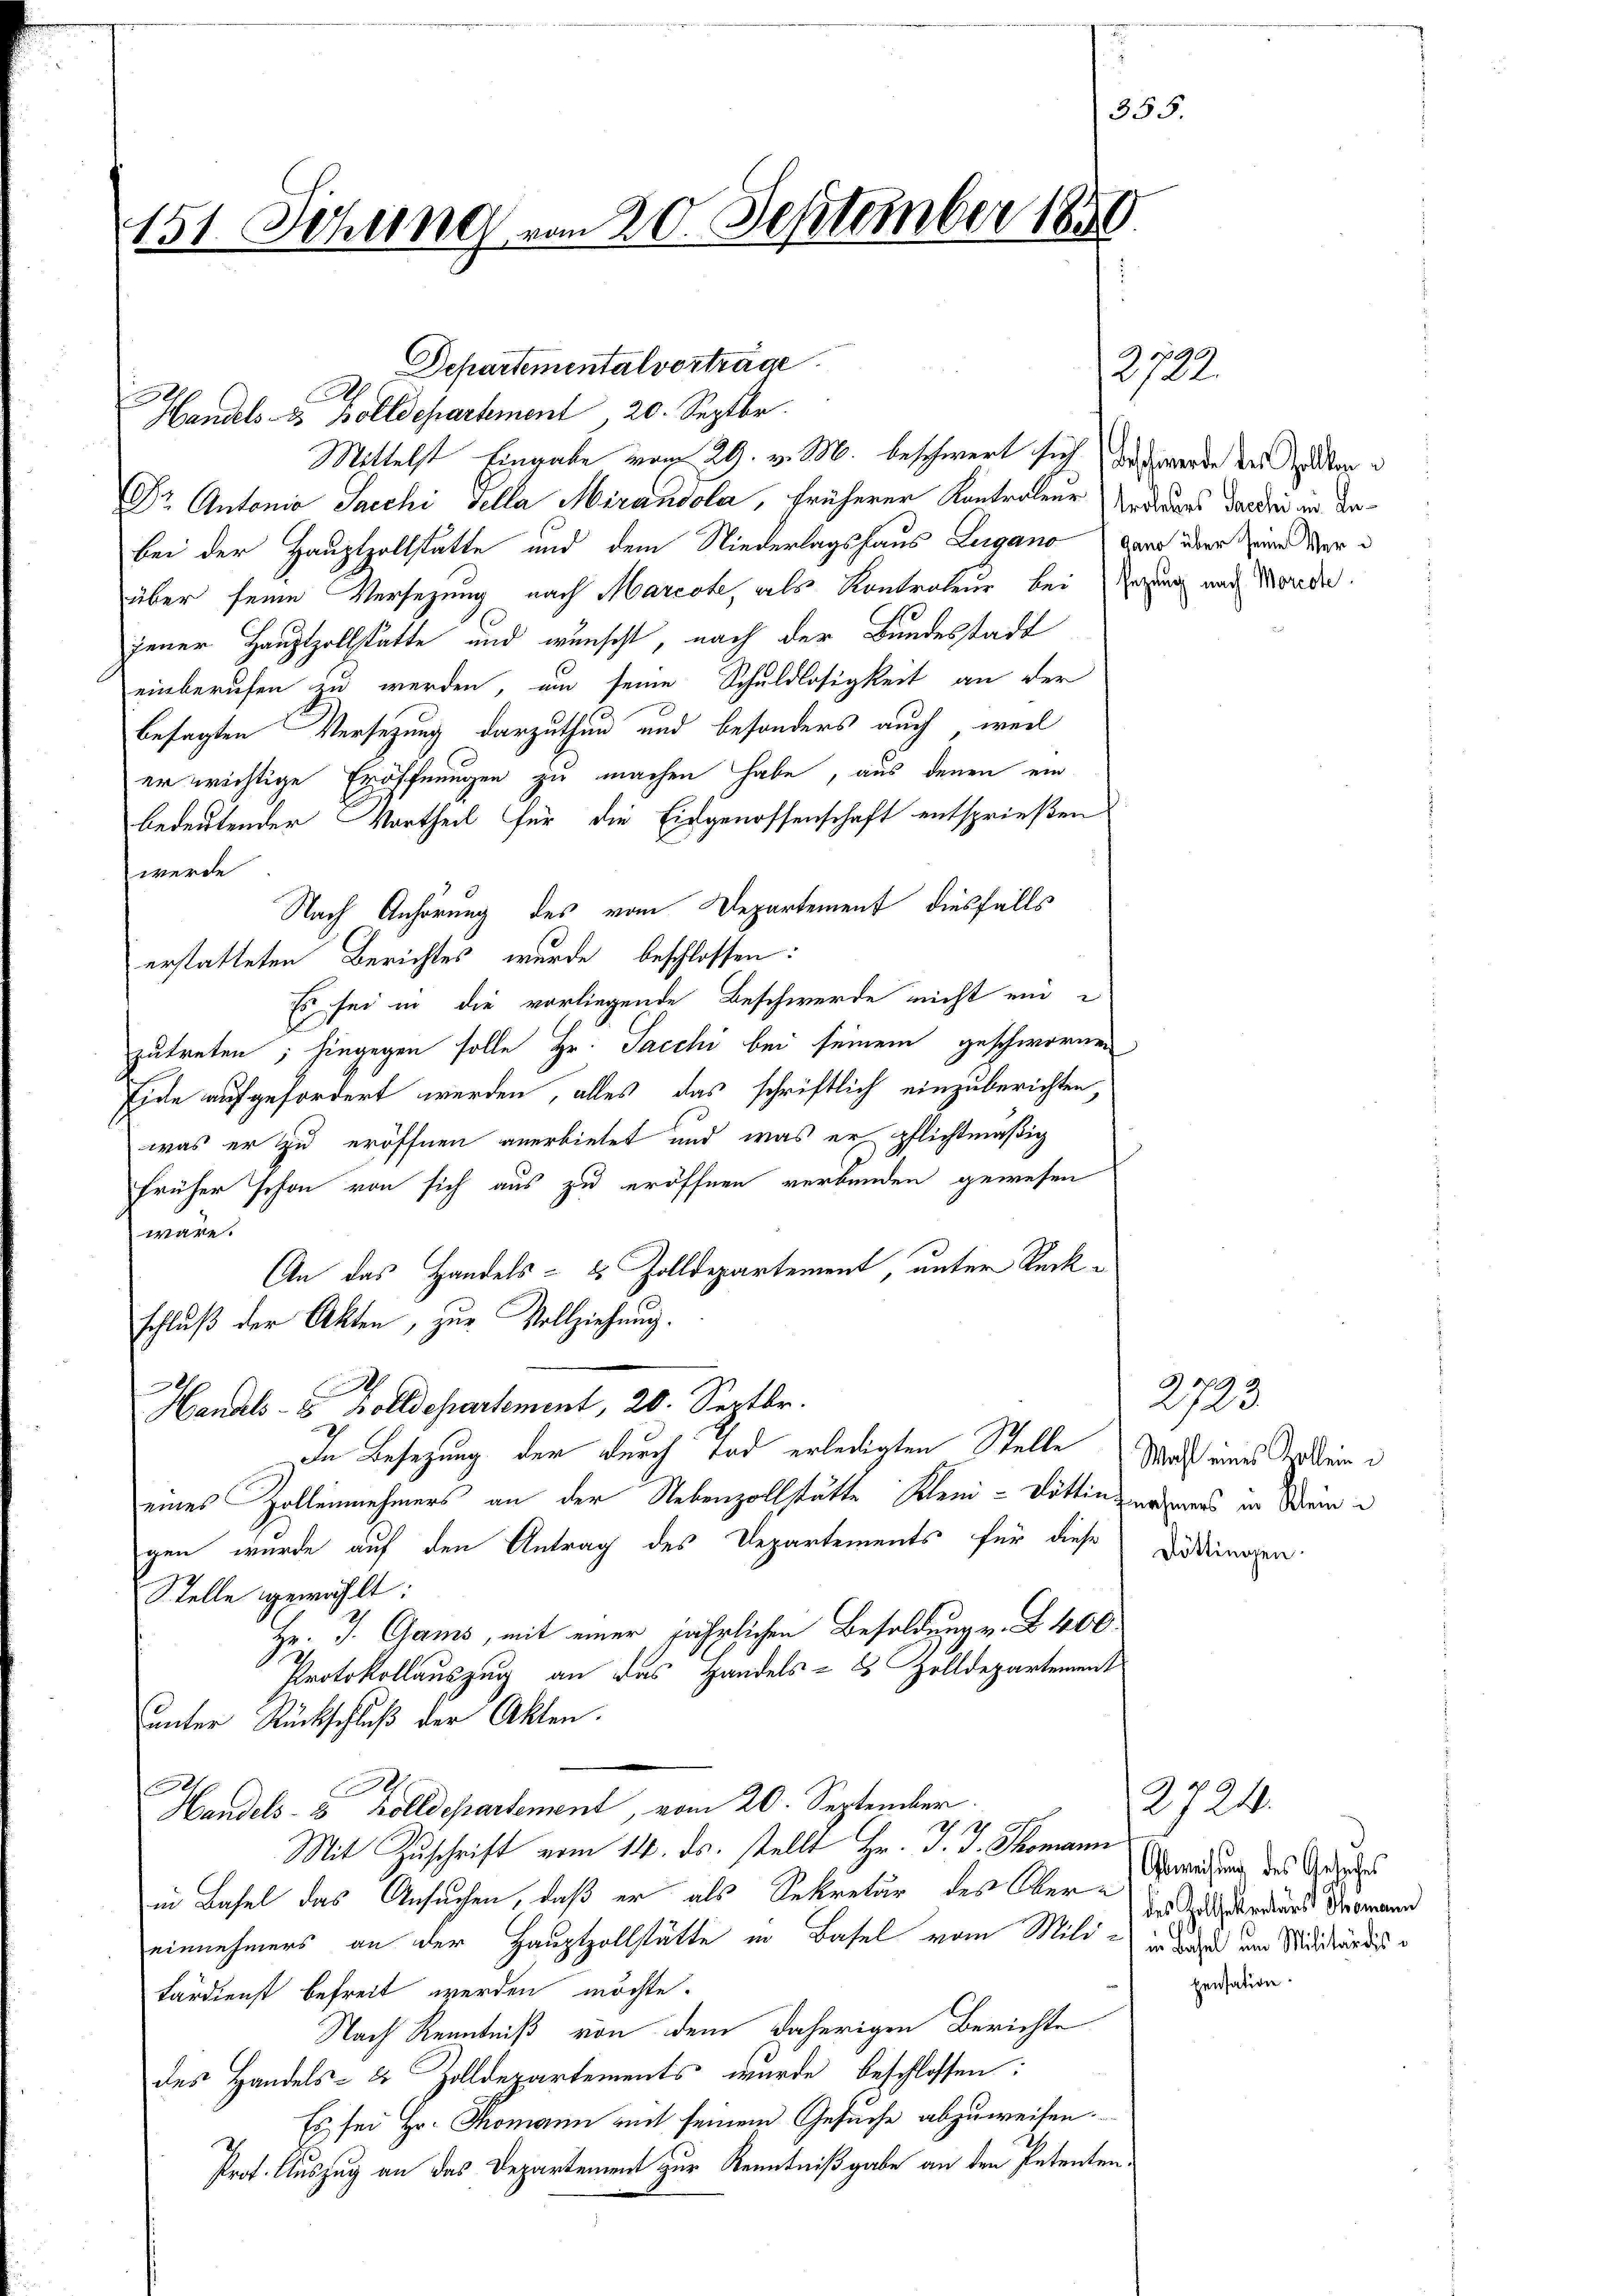
151. Sitzung vom 20. September 1850.

.
Handels- & Bolldepartement 20. Septbr.
Dr Antonio Sacchi Sella Merandola, früherer Kontralen Urdrages darden in Anbei der Hauptzollstätte und dem Niederlagshaus Lugano war über eine der
über seine Versezung nach Marcote, als Kontrateur bei Errung und Morden.
jener Hauptzollstatte und wünscht, nach der Bundesstadt
einberufen zu werden, um seine Schuldlosigkeit an der
besagten Versetzung darzuthun und besonders auch weil
er wichtige Eröffnungen zu machen habe, aus denen ein
bedeutender Vortheil für die Eidgenossenschaft entsprießen
werde
Nach Anhörung des vom Departement diesfalls
erstatteten Berichtes wurde beschlossen:
Es sei in die vorliegende Beschwerde nicht ein
zutreten; hingegen solle Hr. Sacchi bei seinem geschwornen
Eide aufgefordert werden, alles das schriftlich einzuberichten,
was er zu eröffnen anerbietet und was er pflichtmäßig
früher schon von sich aus zu eröffnen verbunden gewesen
wäre.
An das Handels- & Zolldepartement, unter Rückschluß der Akten, zur Vollziehung.
J
Handels- & Zolldepartement, 20. Septbr.
In Besetzung der durch Tod erledigten Stelle Maß eines Tallein
eines Zollennehmers an der Nebenzollstätte Klein-Döttin angers in Deine
gen wurde auf den Antrag des Departements für diese
Stelle gewählt:
Hr. J. Gams, mit einer jährlichen Besoldung v. B. 400
Protokollauszug an das Handels- Zolldepartement
unter Rückschluß der Akten.
.
Handels- & Zolldepartement, vom 20. September.
 1
Mit Zuschrift vom 14. ds. stellt Hr. J. J. Thomann
in Basel das Ansuchen, daß er als Sekretär des Ober-
einnehmers an der Hauptzollstätte in Basel vom Mild - in wird und Nididländis
tärdienst befreit werden möchte.
Nach Kenntniß von dem daherigen Berichte
des Handels- & Zolldepartements wurde beschlossen:
Es sei Hr. Thomann mit seinem Gesuche abzuweisen.
Prot. Auszug an das Departement zur Kenntnißgabe an den Petenten¬

Departementalverträge

Mittelst Eingabe vom 29. v. M. beschwert sich die werde der Aber

355.

272.

2723
Döttingen.

2724.
Gbweisung des Gesuches
des Zollsekretärst Thomann

pensation